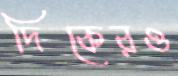
দিকেরও